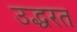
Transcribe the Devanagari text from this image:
उद्धरत